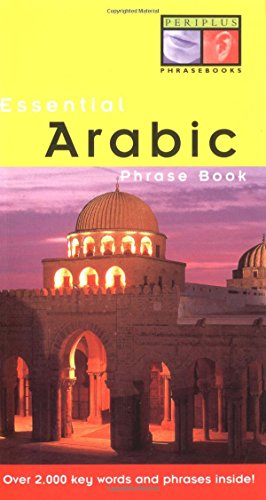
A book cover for Essential Arabic Phrase Book (Essential Phrasebook Series); Fethi Mansouri Dr.; Travel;